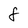
Character: 8